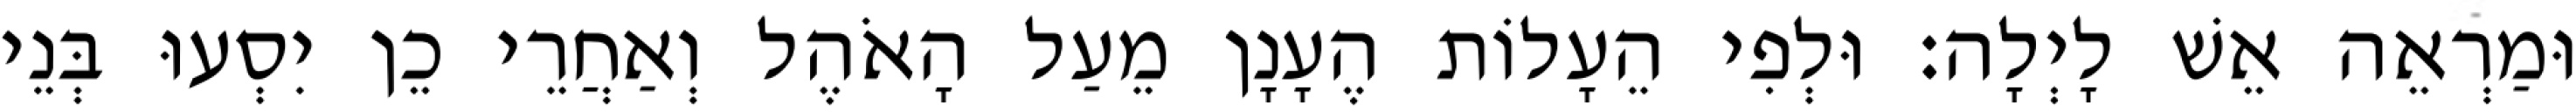
וּמַרְאֵה אֵשׁ לָיְלָה׃ וּלְפִי הֵעָלוֹת הֶעָנָן מֵעַל הָאֹהֶל וְאַחֲרֵי כֵן יִסְעוּ בְּנֵי